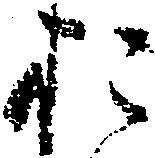
お